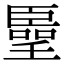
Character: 𠿦